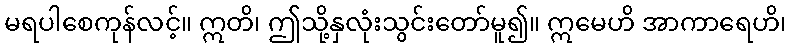
မရပါစေကုန်လင့်။ ဣတိ၊ ဤသို့နှလုံးသွင်းတော်မူ၍။ ဣမေဟိ အာကာရေဟိ၊